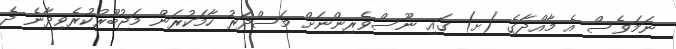
ނަމަވެސް އެ މާއްދާގެ (ށ) ގައި ނޫސްވެރިންނަށް މަސްދަރު ހާމަކުރަން މަޖުބޫރުކުރެވިދާނެ ދެ